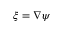
\xi = \nabla \psi